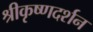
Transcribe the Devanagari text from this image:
श्रीकृष्णदर्शन